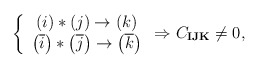
\begin{align*}\left\{ \begin{array}{c}\left( i\right) \ast \left( j\right) \rightarrow \left( k\right) \\ \left( \overline{i}\right) \ast \left( \overline{j}\right) \rightarrow\left( \overline{k}\right)\end{array}\right. \Rightarrow C_{\mathbf{IJK}}\neq 0,\end{align*}